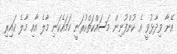
އޭނާ ވިދާޅުވީ އެ ކުންފުނިން މަސައްކަތްކުރަނީ ހަމަައެކަނި މާލެ އާއި މާލެ ކައިރި